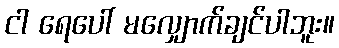
ငါ ရေပေါ် မလျှောက်ချင်ပါဘူး။